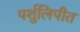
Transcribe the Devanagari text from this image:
पर्शुलिपीत